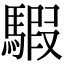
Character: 騢